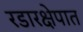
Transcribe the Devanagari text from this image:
रडारक्षेपात